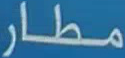
مطار